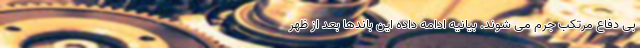
بی دفاع مرتکب جرم می شوند. بیانیه ادامه داده این باندها بعد از ظهر